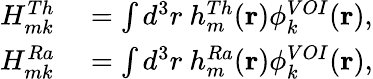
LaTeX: \begin{array}{rl}{H_{mk}^{Th}}&{{}=\int d^{3}r~h_{m}^{Th}(\mathbf{r})\phi_{k}^{VOI}(\mathbf{r}),}\\ {H_{mk}^{Ra}}&{{}=\int d^{3}r~h_{m}^{Ra}(\mathbf{r})\phi_{k}^{VOI}(\mathbf{r}),}\end{array}